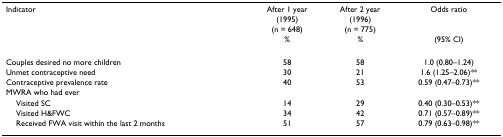
| Indicator | After 1 year | After 2 year | Odds ratio |
 |  | (1995) | (1996) |  |
 |  | (n = 648) | (n = 775) |  |
 |  | % | % | (95% CI) |
 | --- | --- | --- | --- |
 | Couples desired no more children | 58 | 58 | 1.0 (0.80–1.24) |
 | Unmet contraceptive need | 30 | 21 | 1.6 (1.25–2.06)** |
 | Contraceptive prevalence rate | 40 | 53 | 0.59 (0.47–0.73)** |
 | MWRA who had ever |  |  |  |
 | Visited SC | 14 | 29 | 0.40 (0.30–0.53)** |
 | Visited H&FWC | 34 | 42 | 0.71 (0.57–0.89)** |
 | Received FWA visit within the last 2 months | 51 | 57 | 0.79 (0.63–0.98)** |